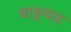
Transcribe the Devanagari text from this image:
बाक़ूबाह